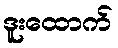
ဒူးထောက်